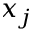
x _ { j }